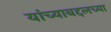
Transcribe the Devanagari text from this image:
यांच्याबद्दलच्या